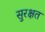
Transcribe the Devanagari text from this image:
सुरक्षत